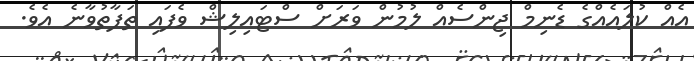
އެއް ކުލައެއްގެ ޑެނިމް ޖިންސެއް ލުމުން ވަރަށް ސްޓައިލިޝް ވެފައި ތަފާތުވާނެ އެވެ.